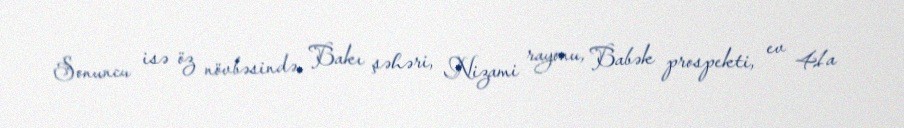
Sonuncu isə öz növbəsində, Bakı şəhəri, Nizami rayonu, Babək prospekti, ev 41a